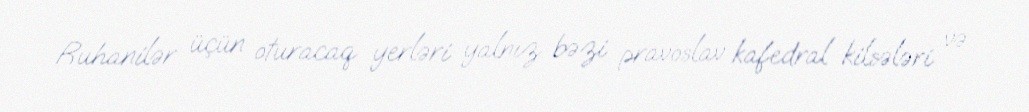
Ruhanilər üçün oturacaq yerləri yalnız bəzi pravoslav kafedral kilsələri və